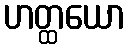
ဟတ္ထယော